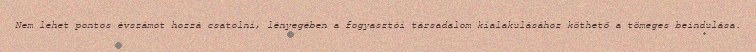
Nem lehet pontos évszámot hozzá csatolni, lényegében a fogyasztói társadalom kialakulásához köthető a tömeges beindulása.